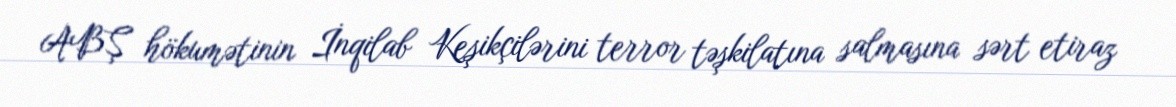
ABŞ hökumətinin İnqilab Keşikçilərini terror təşkilatına salmasına sərt etiraz